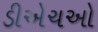
ડીએચઓ